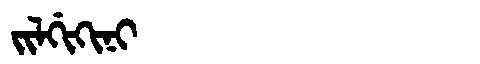
Manchu: ᠵᡳᠯᡤᡳᡴᡳᠨᡳ
Romanization: JILGIKINI